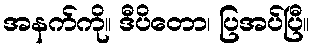
အနက်ကို။ ဒီပိတော၊ ပြအပ်ပြီ။